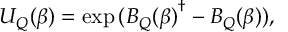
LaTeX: U _ { Q } ( \beta ) = \exp { ( { B _ { Q } ( \beta ) } ^ { \dagger } - B _ { Q } ( \beta ) ) } ,